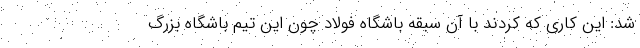
شد: این کاری که کردند با آن سبقه باشگاه فولاد چون این تیم باشگاه بزرگ